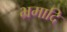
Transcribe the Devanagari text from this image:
भ्रमादि